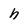
Character: a